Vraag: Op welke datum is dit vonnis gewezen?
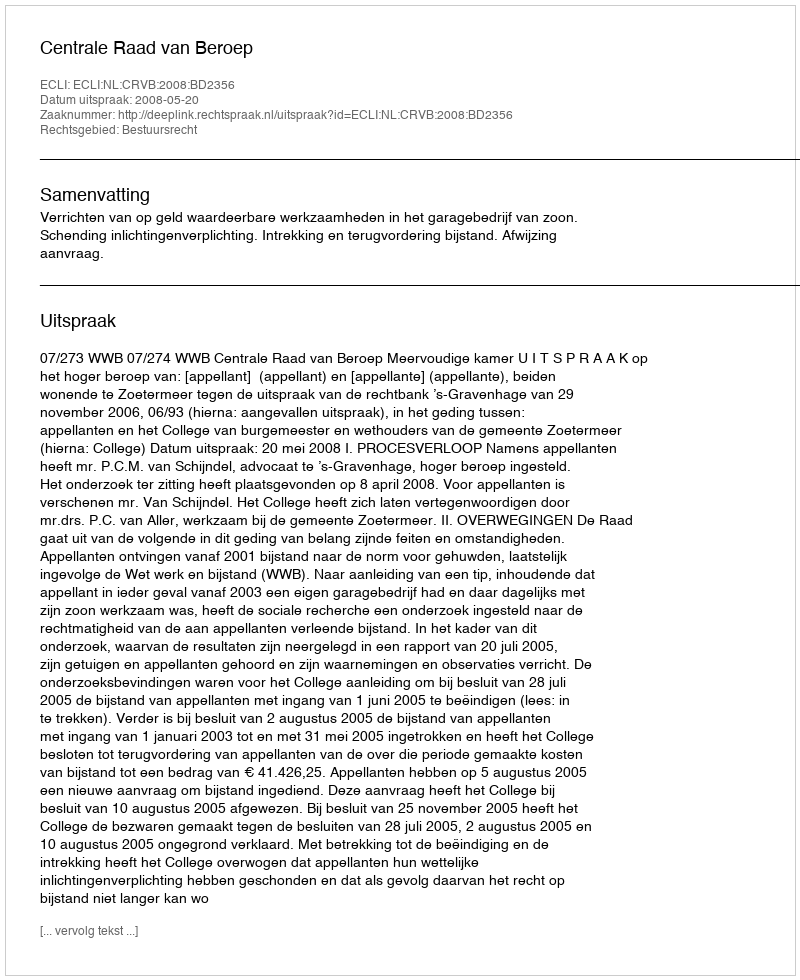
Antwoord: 2008-05-20